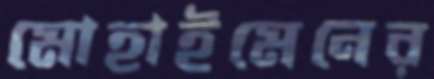
মোহাইমেনের